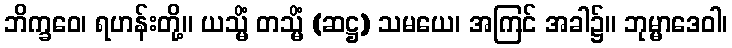
ဘိက္ခဝေ၊ ရဟန်းတို့။ ယသ္မိံ တသ္မိံ (ဆဋ္ဌ) သမယေ၊ အကြင် အခါ၌။ ဘုမ္မာဒေဝါ၊